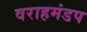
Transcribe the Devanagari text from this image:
वराहमंडप